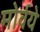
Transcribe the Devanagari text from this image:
मोर्वये